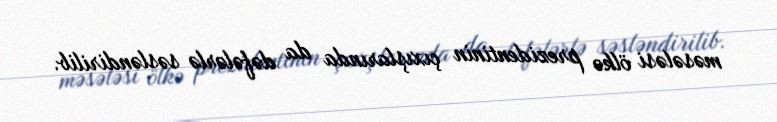
məsələsi ölkə prezidentinin çıxışlarında da dəfələrlə səsləndirilib.